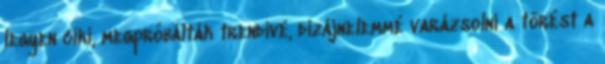
legyen ciki, megpróbálták trendivé, dizájnelemmé varázsolni a törést a